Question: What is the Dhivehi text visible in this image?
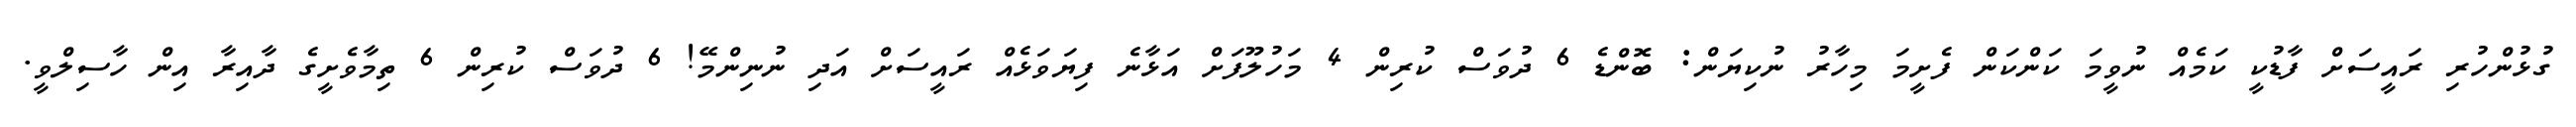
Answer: ގުޅުންހުރި ރައީސަށް ފާޑުކީ ކަމެއް ނުވީމަ ކަންކަން ފެށީމަ މިހާރު ނުކިޔަން: ބޮންޑެ 6 ދުވަސް ކުރިން 4 މަހުލޫފަށް އަޅާނެ ފިޔަވަޅެއް ރައީސަށް އަދި ނުނިންމޭ! 6 ދުވަސް ކުރިން 6 ތިމާވެށީގެ ދާއިރާ އިން ހާސިލްވީ.